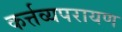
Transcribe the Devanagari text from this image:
कर्त्तव्यपरायण